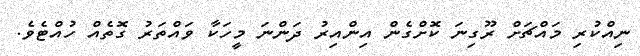
ނިއްކުރި މައްޗަށް ރޫގިނަ ކޮށްގެން އިންއިރު ދަންނަ މީހަކާ ވައްތަރު ގޮތެއް ހުއްޓެވެ.